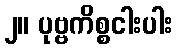
၂။ ပုဗ္ဗကိစ္စငါးပါး